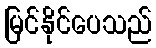
မြင်နိုင်ပေသည်